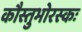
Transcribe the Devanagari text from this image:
कौस्तुभोरस्कः